Document type: Sale
Year: 1355
Scribe: Pere Borrell
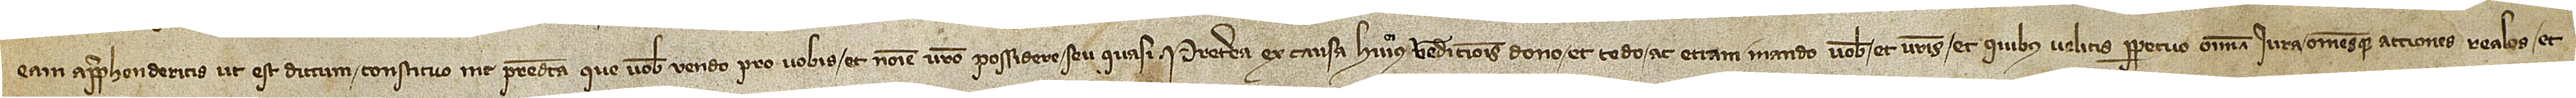
eam apprehenderitis, ut est dictum, constituo me predicta que vobis vendo pro vobis et nomine vestro possidere seu quasi. Preterea ex causa huiusmodi vendicionis dono et cedo ac etiam mando vobis et vestris et quibus velitis perpetuo omnia iura omnesque actiones reales et